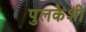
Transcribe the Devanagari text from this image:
पुलकैशी